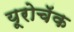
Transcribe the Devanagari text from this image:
यूरोचॅक